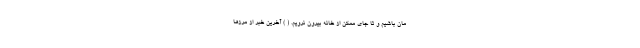
‌مان باشیم و تا جای ممکن از خانه بیرون نرویم. ( ) آخرین خبر از مرزها